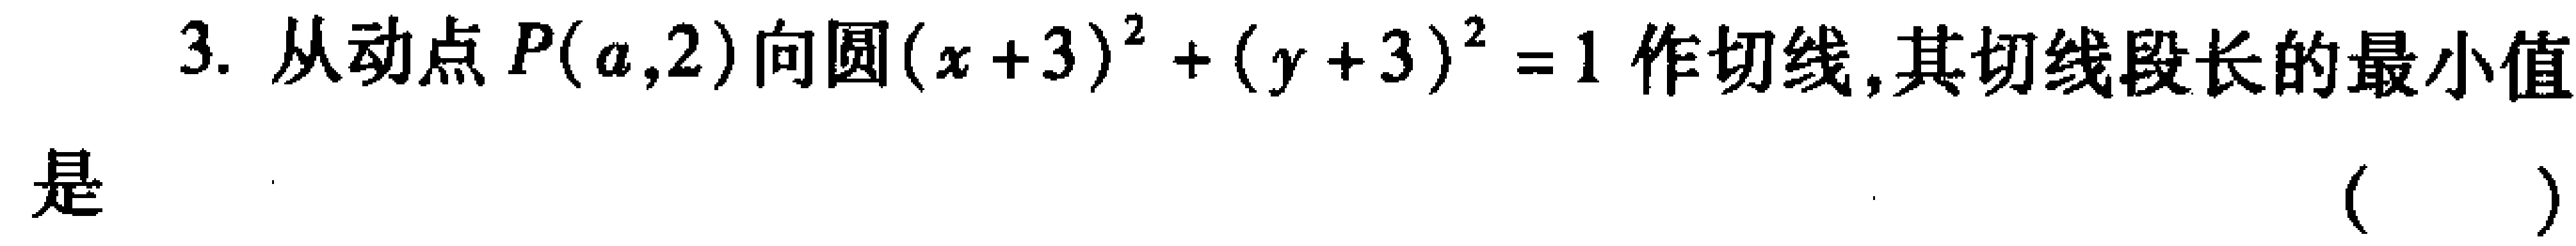
3. 从动点\(P(a,2)\)向圆\((x + 3)^{2}+(y + 3)^{2}=1\)作切线,其切线段长的最小值是 （  ）